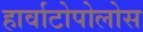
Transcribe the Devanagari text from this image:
हार्वाटोपोलोस